Vaccine operations Central Provinces & Berar 1922-1929 - 1922-1929
Year: 1922
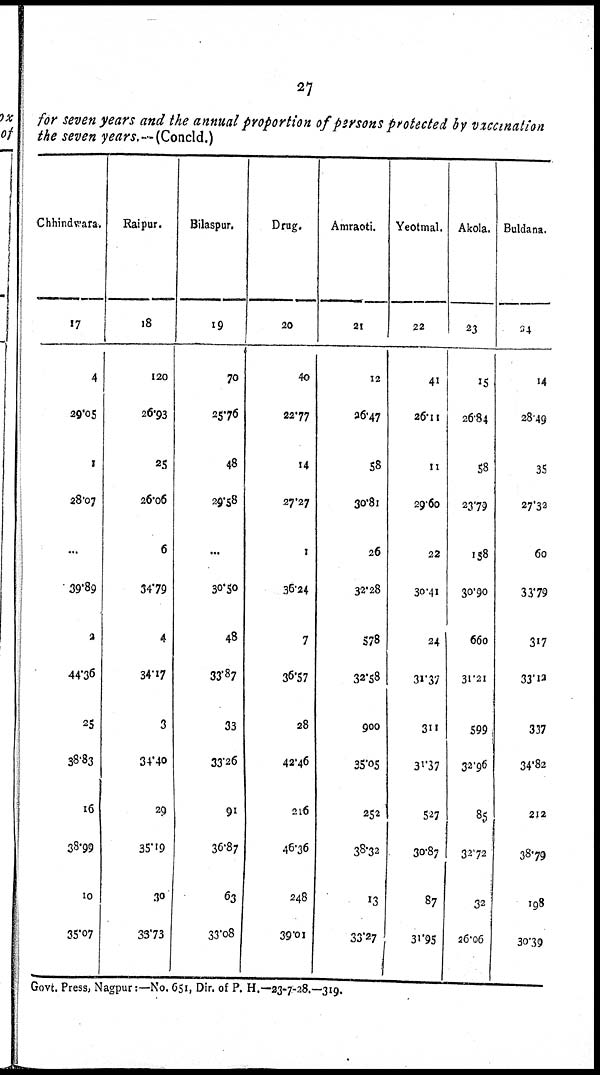
27
for seven years and the annual proportion of persons protected by vaccination
the seven years.—(Concld.)
Chhindwara.
17
4
29.05
1
28.07
...
39.89
2
44.36
25
38.83
16
38.99
10
35.07
Raipur.
18
120
26.93
25
26.06
6
34.79
4
34.17
3
34.40
29
35.19
30
33.73
Bilaspur.
19
70
25.76
48
29.58
...
30.50
48
33.87
33
33.26
91
36.87
63
33.08
Drug.
20
40
22.77
14
27.27
1
36.24
7
36.57
28
42.46
216
46.36
248
39.01
Amraoti.
21
12
26.47
58
30.81
26
32.28
578
32.58
900
35.05
252
38.32
13
33.27
Yeotmal.
22
41
26.11
11
29.60
22
30.41
24
31.37
311
31.37
527
30.87
87
31.95
Akola.
23
15
26.84
58
23.79
158
30.90
660
31.21
599
32.96
85
32.72
32
26.06
Buldana.
24
14
28.49
35
27.32
60
33.79
317
33.12
337
34.82
212
38.79
198
30.39
Govt. Press, Nagpur:—No. 651, Dir. of P. H.—23-7-28.—319.